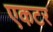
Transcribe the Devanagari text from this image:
एकटर